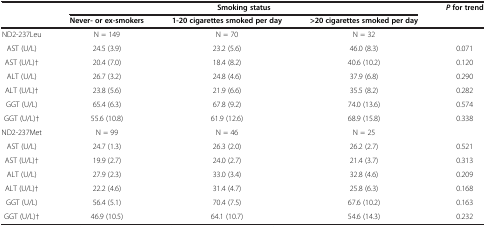
<table><thead><tr><td rowspan="2">[EMPTY_CELL]</td><td colspan="3"><b>Smoking status</b></td><td rowspan="2"><b><i>P </i>for trend</b></td></tr><tr><td><b>Never- or ex-smokers</b></td><td><b>1-20 cigarettes smoked per day</b></td><td><b>&gt;20 cigarettes smoked per day</b></td></tr></thead><tbody><tr><td>ND2-237Leu</td><td>N = 149</td><td>N = 70</td><td>N = 32</td><td>[EMPTY_CELL]</td></tr><tr><td>AST (U/L)</td><td>24.5 (3.9)</td><td>23.2 (5.6)</td><td>46.0 (8.3)</td><td>0.071</td></tr><tr><td>AST (U/L)†</td><td>20.4 (7.0)</td><td>18.4 (8.2)</td><td>40.6 (10.2)</td><td>0.120</td></tr><tr><td>ALT (U/L)</td><td>26.7 (3.2)</td><td>24.8 (4.6)</td><td>37.9 (6.8)</td><td>0.290</td></tr><tr><td>ALT (U/L)†</td><td>23.8 (5.6)</td><td>21.9 (6.6)</td><td>35.5 (8.2)</td><td>0.282</td></tr><tr><td>GGT (U/L)</td><td>65.4 (6.3)</td><td>67.8 (9.2)</td><td>74.0 (13.6)</td><td>0.574</td></tr><tr><td>GGT (U/L)†</td><td>55.6 (10.8)</td><td>61.9 (12.6)</td><td>68.9 (15.8)</td><td>0.338</td></tr><tr><td>ND2-237Met</td><td>N = 99</td><td>N = 46</td><td>N = 25</td><td>[EMPTY_CELL]</td></tr><tr><td>AST (U/L)</td><td>24.7 (1.3)</td><td>26.3 (2.0)</td><td>26.2 (2.7)</td><td>0.521</td></tr><tr><td>AST (U/L)†</td><td>19.9 (2.7)</td><td>24.0 (2.7)</td><td>21.4 (3.7)</td><td>0.313</td></tr><tr><td>ALT (U/L)</td><td>27.9 (2.3)</td><td>33.0 (3.4)</td><td>32.8 (4.6)</td><td>0.209</td></tr><tr><td>ALT (U/L)†</td><td>22.2 (4.6)</td><td>31.4 (4.7)</td><td>25.8 (6.3)</td><td>0.168</td></tr><tr><td>GGT (U/L)</td><td>56.4 (5.1)</td><td>70.4 (7.5)</td><td>67.6 (10.2)</td><td>0.163</td></tr><tr><td>GGT (U/L)†</td><td>46.9 (10.5)</td><td>64.1 (10.7)</td><td>54.6 (14.3)</td><td>0.232</td></tr></tbody></table>